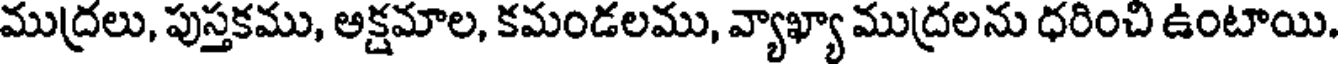
ముద్రలు, పుస్తకము, అక్షమాల, కమండలము, వ్యాఖ్యా ముద్రలను ధరించి ఉంటాయి.